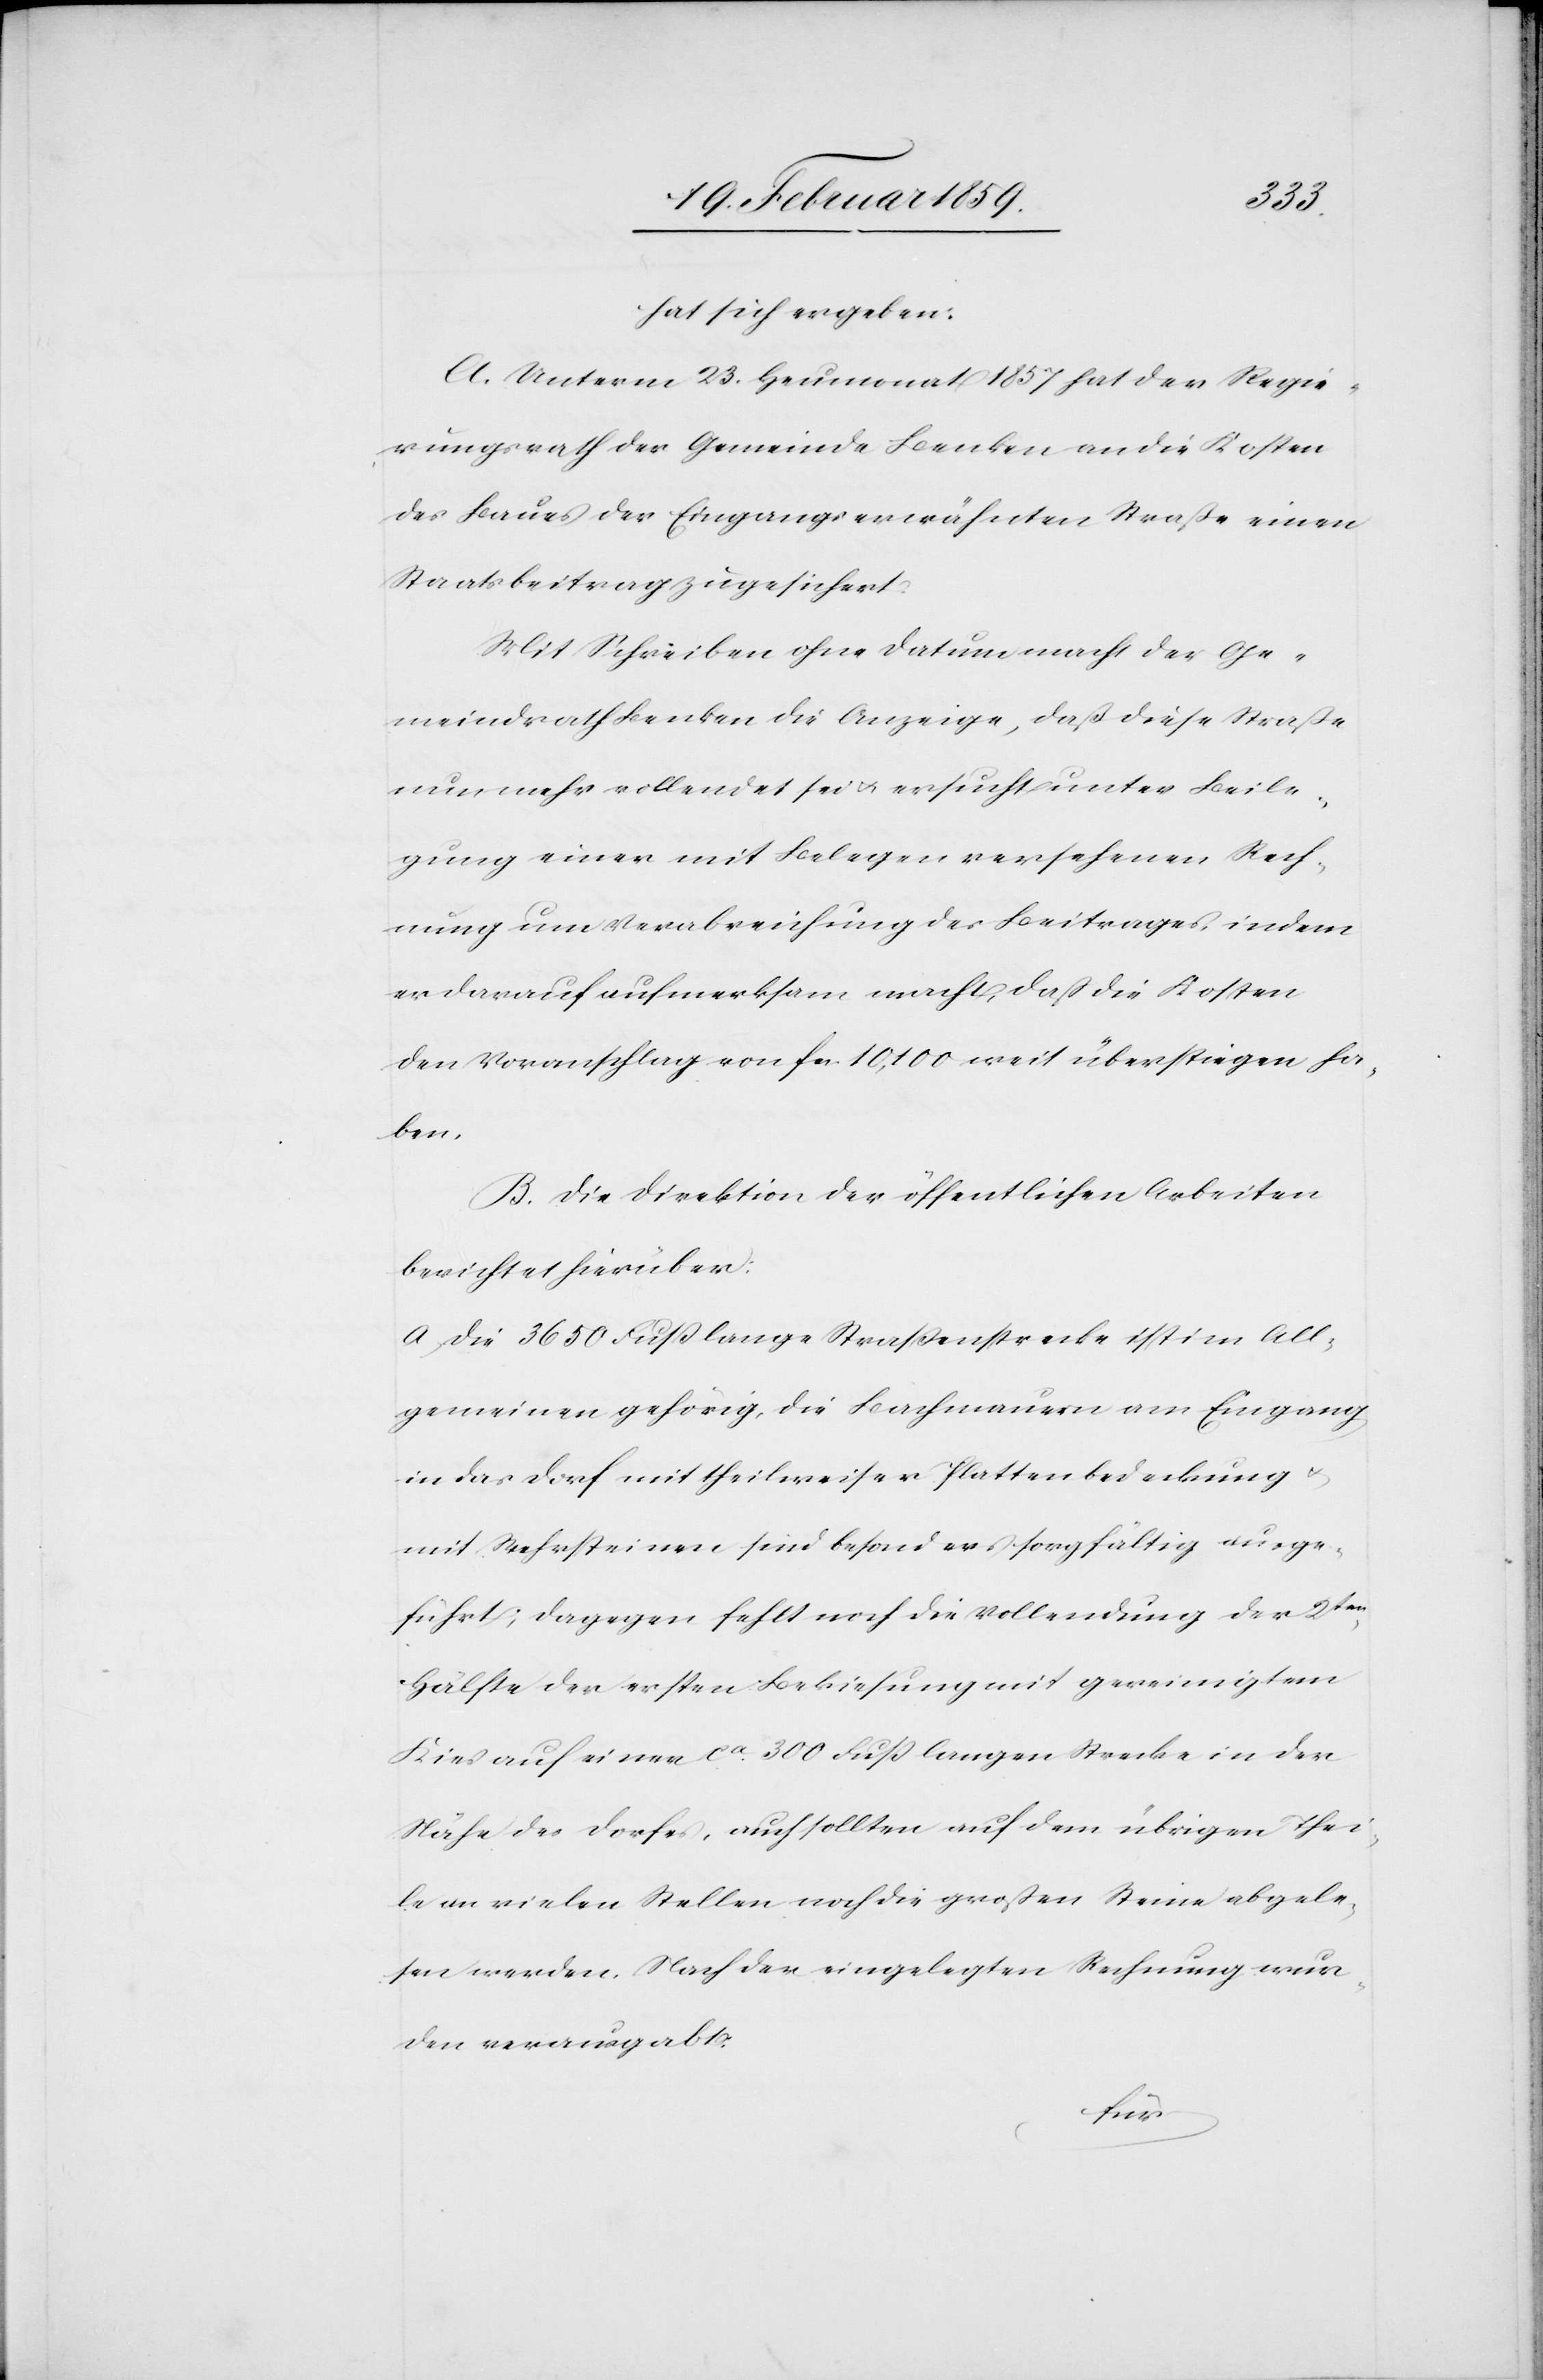
hat sich ergeben:
A. Unterm 23. Heumonat 1857 hat der Regie¬
rungsrath der Gemeinde Benken an die Kosten
des Baues der Eingangs erwähnten Straße einen
Staatsbeitrag zugesichert:
Mit Schreiben ohne Datum macht der Ge¬
meindrath Benken die Anzeige, daß diese Straße
nunmehr vollendet sei u. ersucht unter Beile¬
gung einer mit Belegen versehenen Rech¬
nung um Verabreichung des Beitrages, indem
er darauf aufmerksam macht, daß die Kosten
den Voranschlag von fcs. 10,100 weit überstiegen ha¬
ben.
B. Die Direktion der öffentlichen Arbeiten
berichtet hierüber:
a) Die 3650 Fuß lange Straßenstrecke ist im All¬
gemeinen gehörig, die Bachmauern am Eingang
in das Dorf mit theilweiser Plattenbedeckung u.
mit Wehrsteinen sind besonders sorgfältig ausge¬
führt; dagegen fehlt noch die Vollendung der 2ten.
Hälfte der ersten Bekiesung mit gereinigtem
Kies auf einer ca. 300 Fuß langen Strecke in der
Nähe des Dorfes, auch sollten auf dem übrigen Thei¬
le an vielen Stellen noch die großen Steine abgele¬
sen werden. Nach der eingelegten Rechnung wur¬
den verausgabt: